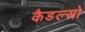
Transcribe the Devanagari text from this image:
कैडल्सो